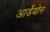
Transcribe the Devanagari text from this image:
आर्डेयोन